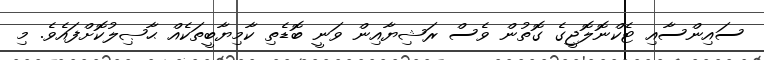
ސައިންސާއި ޓެކްނޮލޮޖީގެ ގޮތުން ވެސް ރަޝިޔާއިން ވަނީ ބޮޑެތި ކާމިޔާބީތަކެއް ޙާޞިލުކޮށްފައެވެ. މި